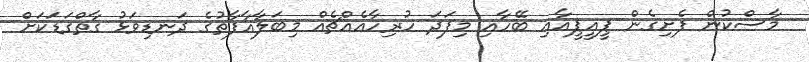
މާސްކުން ފެށިގެން ޕީއީޕީއާއި ބޭހާއި މިފަދަ ހުރިހާއެއްޗެއް މިބަލާއާފާތުގެ ދަނޑިވަޅު ގާތްގަޑަކަށް